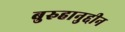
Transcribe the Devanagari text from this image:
बुरुहानुद्दीन